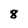
Character: 8